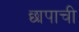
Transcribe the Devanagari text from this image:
छापाची